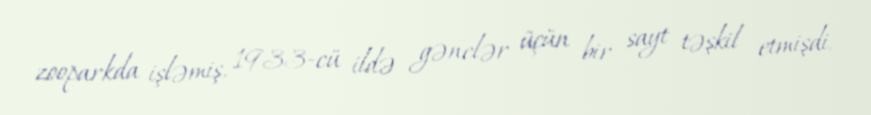
zooparkda işləmiş, 1933-cü ildə gənclər üçün bir sayt təşkil etmişdi.